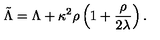
\tilde { \Lambda } = \Lambda + \kappa ^ { 2 } \rho \left( 1 + \frac { \rho } { 2 \lambda } \right) .